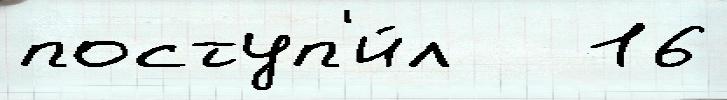
поступ'и́л   16